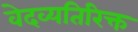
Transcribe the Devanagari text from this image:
वेदव्यतिरिक्त